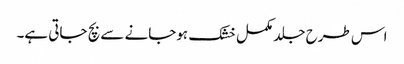
اس طرح جلد مکمل خشک ہوجانے سے بچ جاتی ہے۔